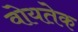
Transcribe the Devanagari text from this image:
वोयतेक